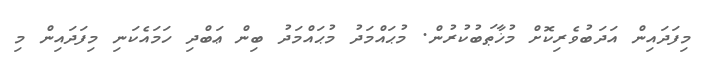
މިފަދައިން އަދަބުވެރިކޮށް މުޚާޠަބުކުރުން. މުޙައްމަދު މުޙައްމަދު ބިން ޢަބްދި ހަމައެކަނި މިފަދައިން މި